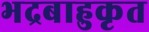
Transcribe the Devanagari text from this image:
भद्रबाहुकृत